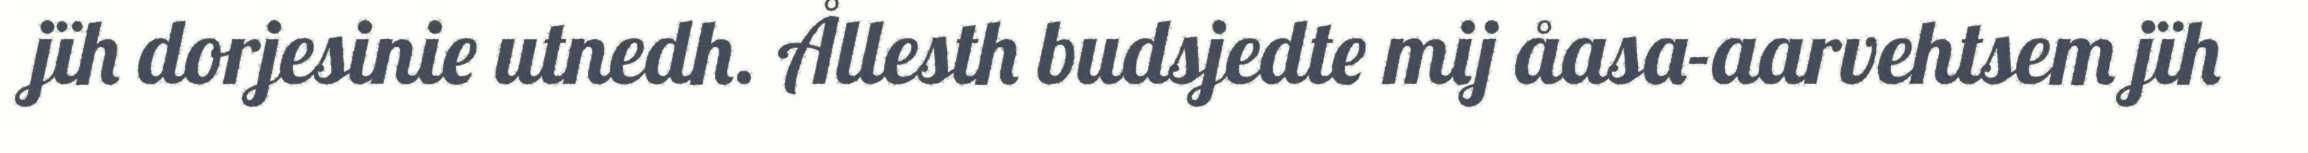
jïh dorjesinie utnedh. Ållesth budsjedte mij åasa-aarvehtsem jïh